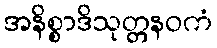
အနိစ္စာဒိသုတ္တနဝကံ